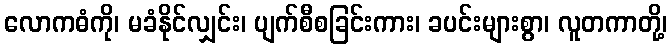
လောကဓံကို၊ မခံနိုင်လျှင်း၊ ပျက်စီစခြင်းကား၊ ခပင်းများစွာ၊ လူတကာတို့၊